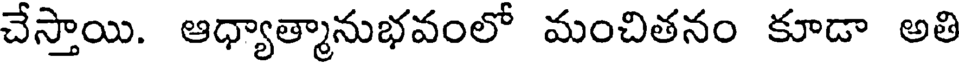
చేస్తాయి. ఆధ్యాత్మానుభవంలో మంచితనం కూడా అతి